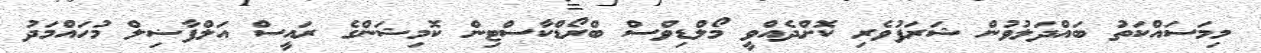
މިމަސައްކަތު ބައްދަލުވުން ޝަރަފުވެރި ކޮށްދެއްވީ މޯލްޑިވްސް ބްރޯޑްކާސްޓިން ކޮމިޝަންގެ ރައީސް އަލްފާޟިލް މުހައްމަދު